Scottish Certificate of Education, 1963
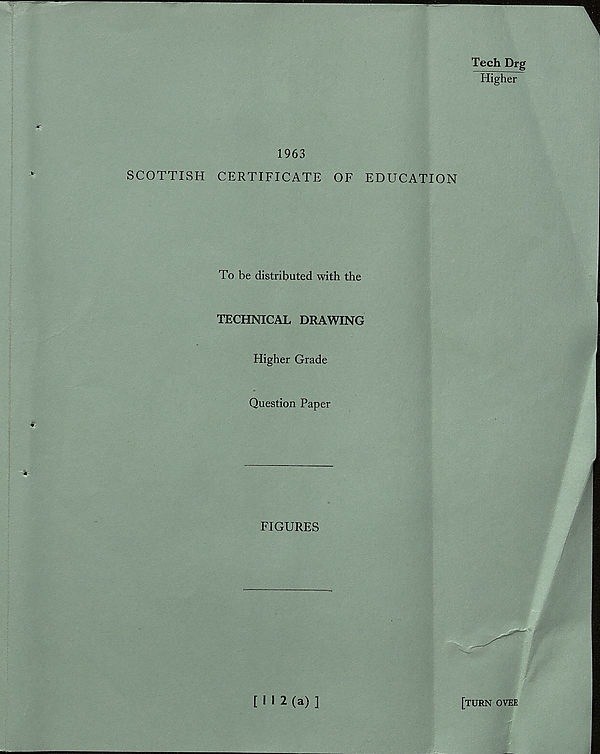
Tech Drg
Higher
1963
SCOTTISH CERTIFICATE OF EDUCATION
To be distributed with the
TECHNICAL DRAWING
Higher Grade
Question Paper
FIGURES
[ I I 2 (a) ]
[turn ovef.